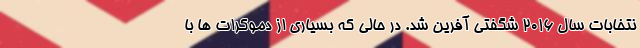
نتخابات سال ۲۰۱۶ شگفتی آفرین شد. در حالی که بسیاری از دموکرات ها با